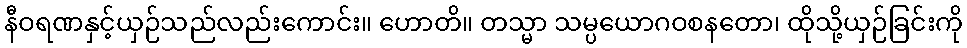
နီဝရဏနှင့်ယှဉ်သည်လည်းကောင်း။ ဟောတိ။ တသ္မာ သမ္ပယောဂဝစနတော၊ ထိုသို့ယှဉ်ခြင်းကို